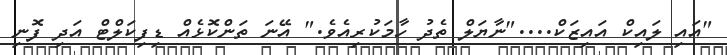
"އައި ލައިކް އައިޒަކް...."ނާޔަލް ތެދު ހާމަކުރިއެވެ." އޭނަ ތަންކޮޅެއް ޑިފިކަލްޓް އަދި ފޮނި